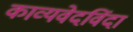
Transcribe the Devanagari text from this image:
काव्यवेदविंदा